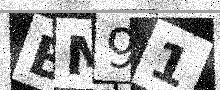
Text: BM91